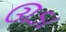
ઊડા